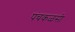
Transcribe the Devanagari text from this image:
पंचकळसी